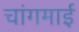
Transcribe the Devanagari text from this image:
चांगमाई